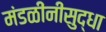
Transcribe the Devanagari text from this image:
मंडळींनीसुद्धा